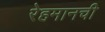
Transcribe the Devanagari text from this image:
रेहमानची